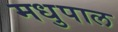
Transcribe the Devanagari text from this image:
मधुपाल